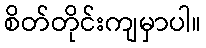
စိတ်တိုင်းကျမှာပါ။